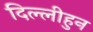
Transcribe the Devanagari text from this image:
दिल्लीहुन